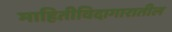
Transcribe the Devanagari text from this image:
माहितीविदागारातील